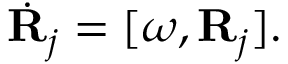
\begin{array} { r } { \dot { \bf R } _ { j } = [ \boldsymbol { \omega } , { \bf R } _ { j } ] . } \end{array}